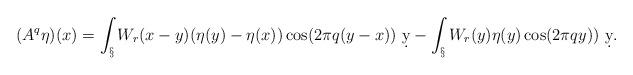
LaTeX: \begin{align*}(A^q\eta)(x) = \int_\S W_r(x-y)(\eta(y)-\eta(x))\cos(2\pi q(y-x))\ \d y - \int_\S W_r(y)\eta(y)\cos(2\pi q y))\ \d y.\end{align*}